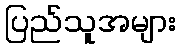
ပြည်သူအများ